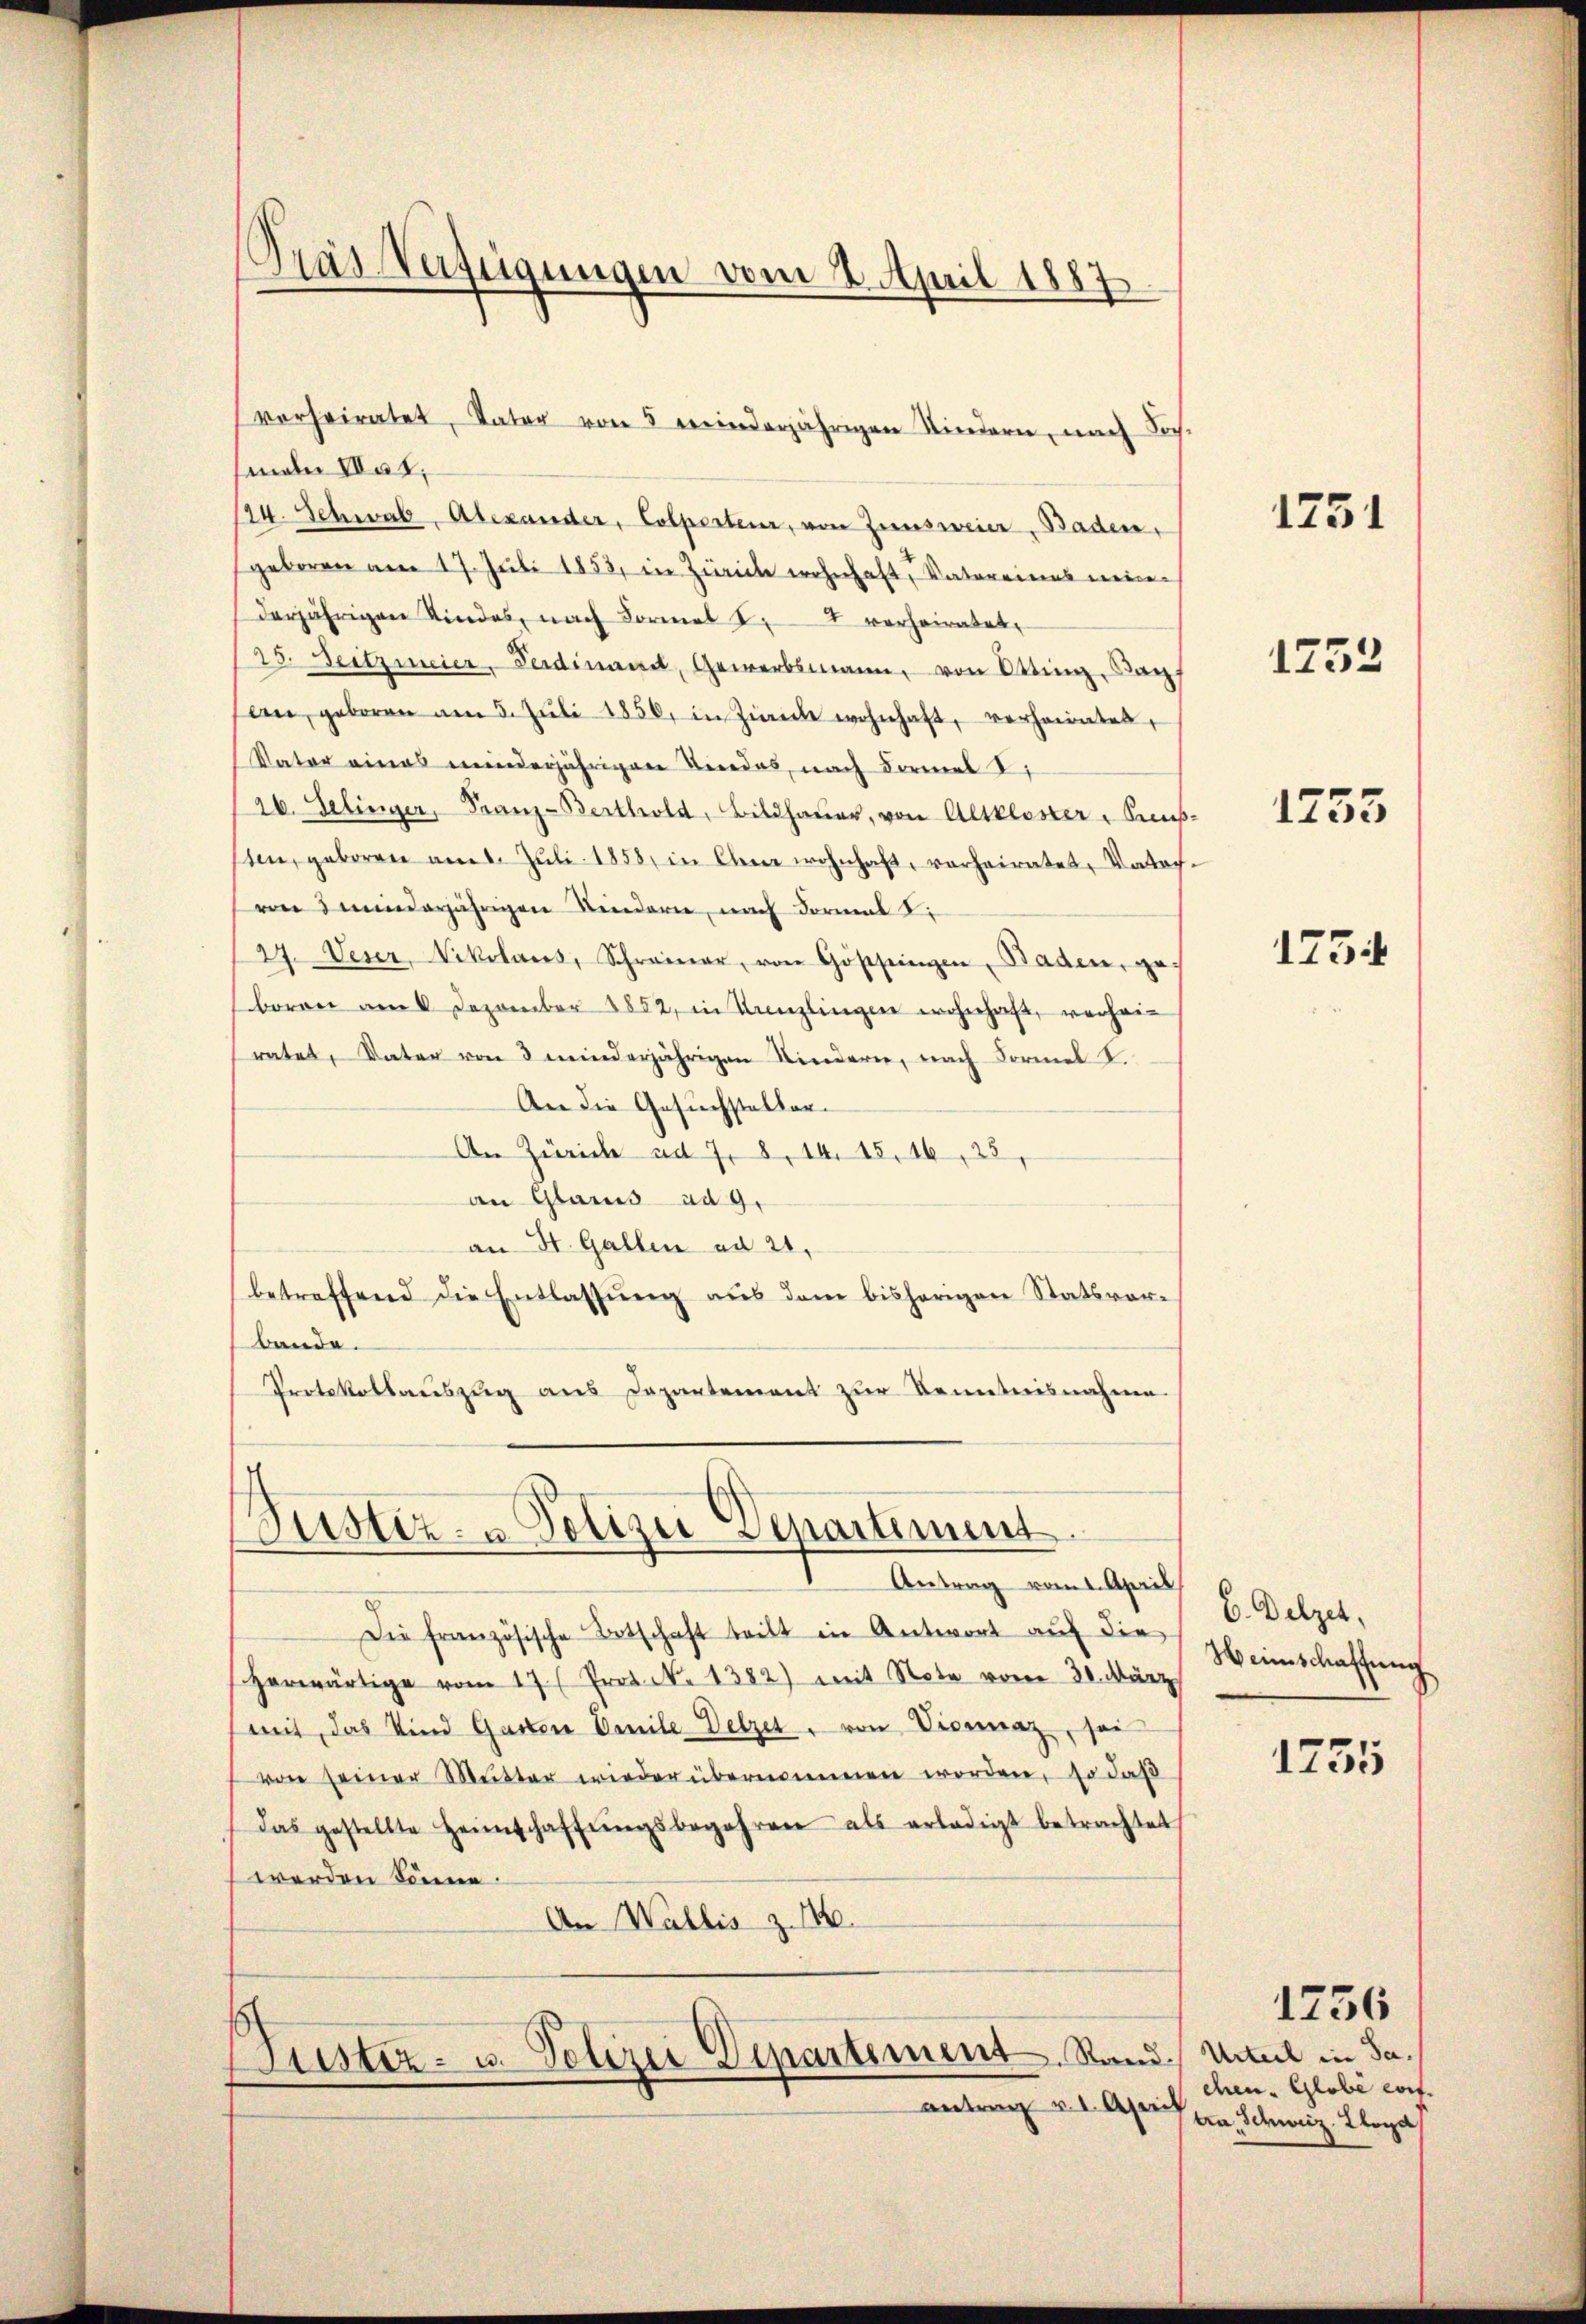
Pras Verfügungen vom 2. April 1887

verheiratet, Vater von 5 minderjährigen Kindern, nach Jos.
senden Vat
124. Schwab, Alexander, Colperteur, von Zinsweier, Baden,
geboren am 17. Jŭli 1853, in Zürich wohnhaft, Vatereines meinderjährigen Kindes, nach Formal S. 4 verheiratet,
25. Seitzmeier, Ferdinandt, Gewerbsmann, von Otting, Kapf
len, geboren am 5. Jŭli 1856, in Zürich wohnhaft, verheiratet,
Vater eines minderjährigen Beredes, nach Formal
26. Selinger, Franz-Berthold, Bildhaŭer, von Altkloster - Secus.
sten, geboren am Juli 1858, in den wohnhaft, verheiratet, Vater
von 3 minderjährigen Kindern, nach Formal S.
(27. Deser, Nikolaus, Schreiner, von Göschingen, Baden, geboren am 6. Dezember 1852, in Kanzlingen wohnhaft, verheirates, Vater von 3 minderjährigen Kindern, nach Formel S.
An die Gesuchsteller¬
An Zürich ad 7. 8, 14. 15, 16, 28,
an Glarus ad 9.
an St. Gallen ad 20.
betreffend die Entlassŭng aus dem bisherigen Statsvor-
bande.
Protokollaŭszŭg ans Departement zŭr Kenntnisnahme.

Justiz- u. Polizei Departement

Antrag vom 1. April
Die französische Betschaft teilt in Antwort aŭf die
herwärtige vom 17. Protok. 1382) mit Note vom 30. März
mit, das Kind Garten Omnile Delzer, von Vicaraz, sei
von seiner Mutter wieder übernommen worden, so daß
das gestellte Heimschaffŭngsbegehren als erledigt betrachtet
werden könne.
An Wallis Z. 116.

Siester- u. Polizei Departement. Stand Urteil in Saantrag v. 1. April

1751

1252

1755

1754

E. Delzer,
Weinschaffung
1755

chen Globe conf.
tra, Schweiz. Lloyd

1256